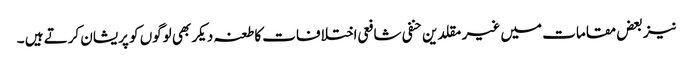
نیز بعض مقامات میں غیر مقلدین حنفی شافعی اختلافات کا طعنہ دیکر بھی لوگوں کو پریشان کرتے ہیں ۔